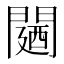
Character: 𮤛